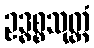
ဥဒ္ဓစ္စသုတ္တံ